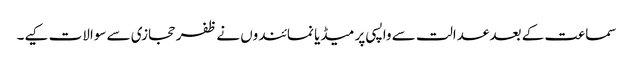
سماعت کے بعد عدالت سے واپسی پر میڈیا نمائندوں نے ظفر حجازی سے سوالات کیے۔